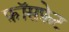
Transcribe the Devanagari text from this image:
फ़ॉसफ़ेट